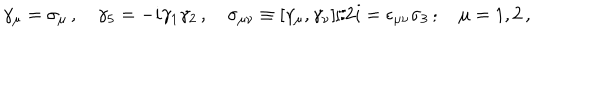
\gamma _ { \mu } = \sigma _ { \mu } \, , \quad \gamma _ { 5 } = - i \gamma _ { 1 } \gamma _ { 2 } \, , \quad \sigma _ { \mu \nu } \equiv [ \gamma _ { \mu } , \gamma _ { \nu } ] / 2 i = \epsilon _ { \mu \nu } \sigma _ { 3 } \, ; \quad \mu = 1 , 2 \, ,